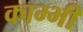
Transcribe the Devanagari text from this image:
काम्भी